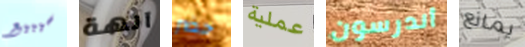
سيبيع آلهة حضر عملية أندرسون يمانع